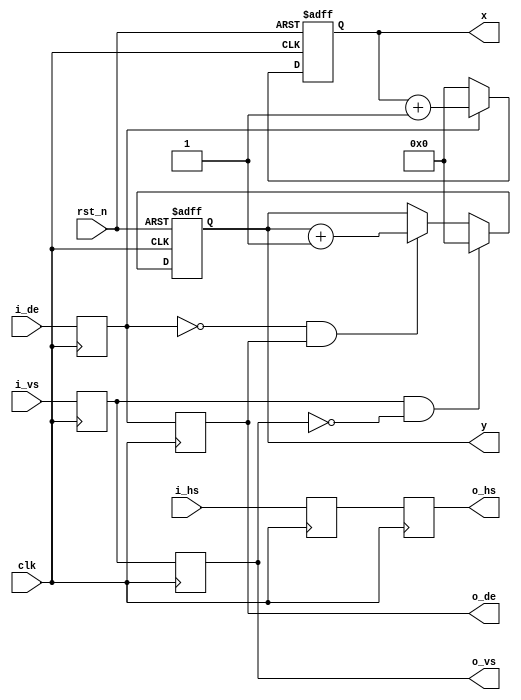
`timescale 1ns / 1ps
//////////////////////////////////////////////////////////////////////////////////
// Company: 
// Engineer: 
// 
// Design Name: 
// Module Name: timing_gen_xy
// Project Name: 
// Target Devices: 
// Tool Versions: 
// Description: 
// 
// Dependencies: 
// 
// Revision:
// Revision 0.01 - File Created
// Additional Comments:
// 
//////////////////////////////////////////////////////////////////////////////////


module timing_gen_xy(
	input                   rst_n,   
	input                   clk,
	input                   i_hs,    
	input                   i_vs,    
	input                   i_de,    
	output                  o_hs,    
	output                  o_vs,    
	output                  o_de,    
	output[11:0]            x,        // video position X
	output[11:0]            y         // video position y
);
reg 		de_d0;
reg 		de_d1;
reg 		vs_d0;
reg 		vs_d1;
reg 		hs_d0;
reg 		hs_d1;
reg[23:0] 	i_data_d0;
reg[23:0] 	i_data_d1;
reg[11:0] 	x_cnt = 12'd0;
reg[11:0] 	y_cnt = 12'd0;
wire 		vs_edge;
wire 		de_falling;

assign vs_edge 		= vs_d0 & ~vs_d1;  		//VS posedge
assign de_falling 	= ~de_d0 & de_d1;		//DE negedge
assign o_de 		= de_d1;
assign o_vs 		= vs_d1;
assign o_hs 		= hs_d1;

always@(posedge clk)
begin
	de_d0 		<= i_de;
	de_d1 		<= de_d0;
	vs_d0 		<= i_vs;
	vs_d1 		<= vs_d0;
	hs_d0 		<= i_hs;
	hs_d1 		<= hs_d0;
end
always@(posedge clk or negedge rst_n)
begin
	if(rst_n == 1'b0)
		x_cnt <= 12'd0;
	else if(de_d0 == 1'b1)
		x_cnt <= x_cnt + 12'd1;
	else
		x_cnt <= 12'd0;
end
always@(posedge clk or negedge rst_n)
begin
	if(rst_n == 1'b0)
		y_cnt <= 12'd0;
	else if(vs_edge == 1'b1)
		y_cnt <= 12'd0;
	else if(de_falling == 1'b1)
		y_cnt <= y_cnt + 12'd1;
	else
		y_cnt <= y_cnt;
end
assign x = x_cnt;
assign y = y_cnt;
endmodule